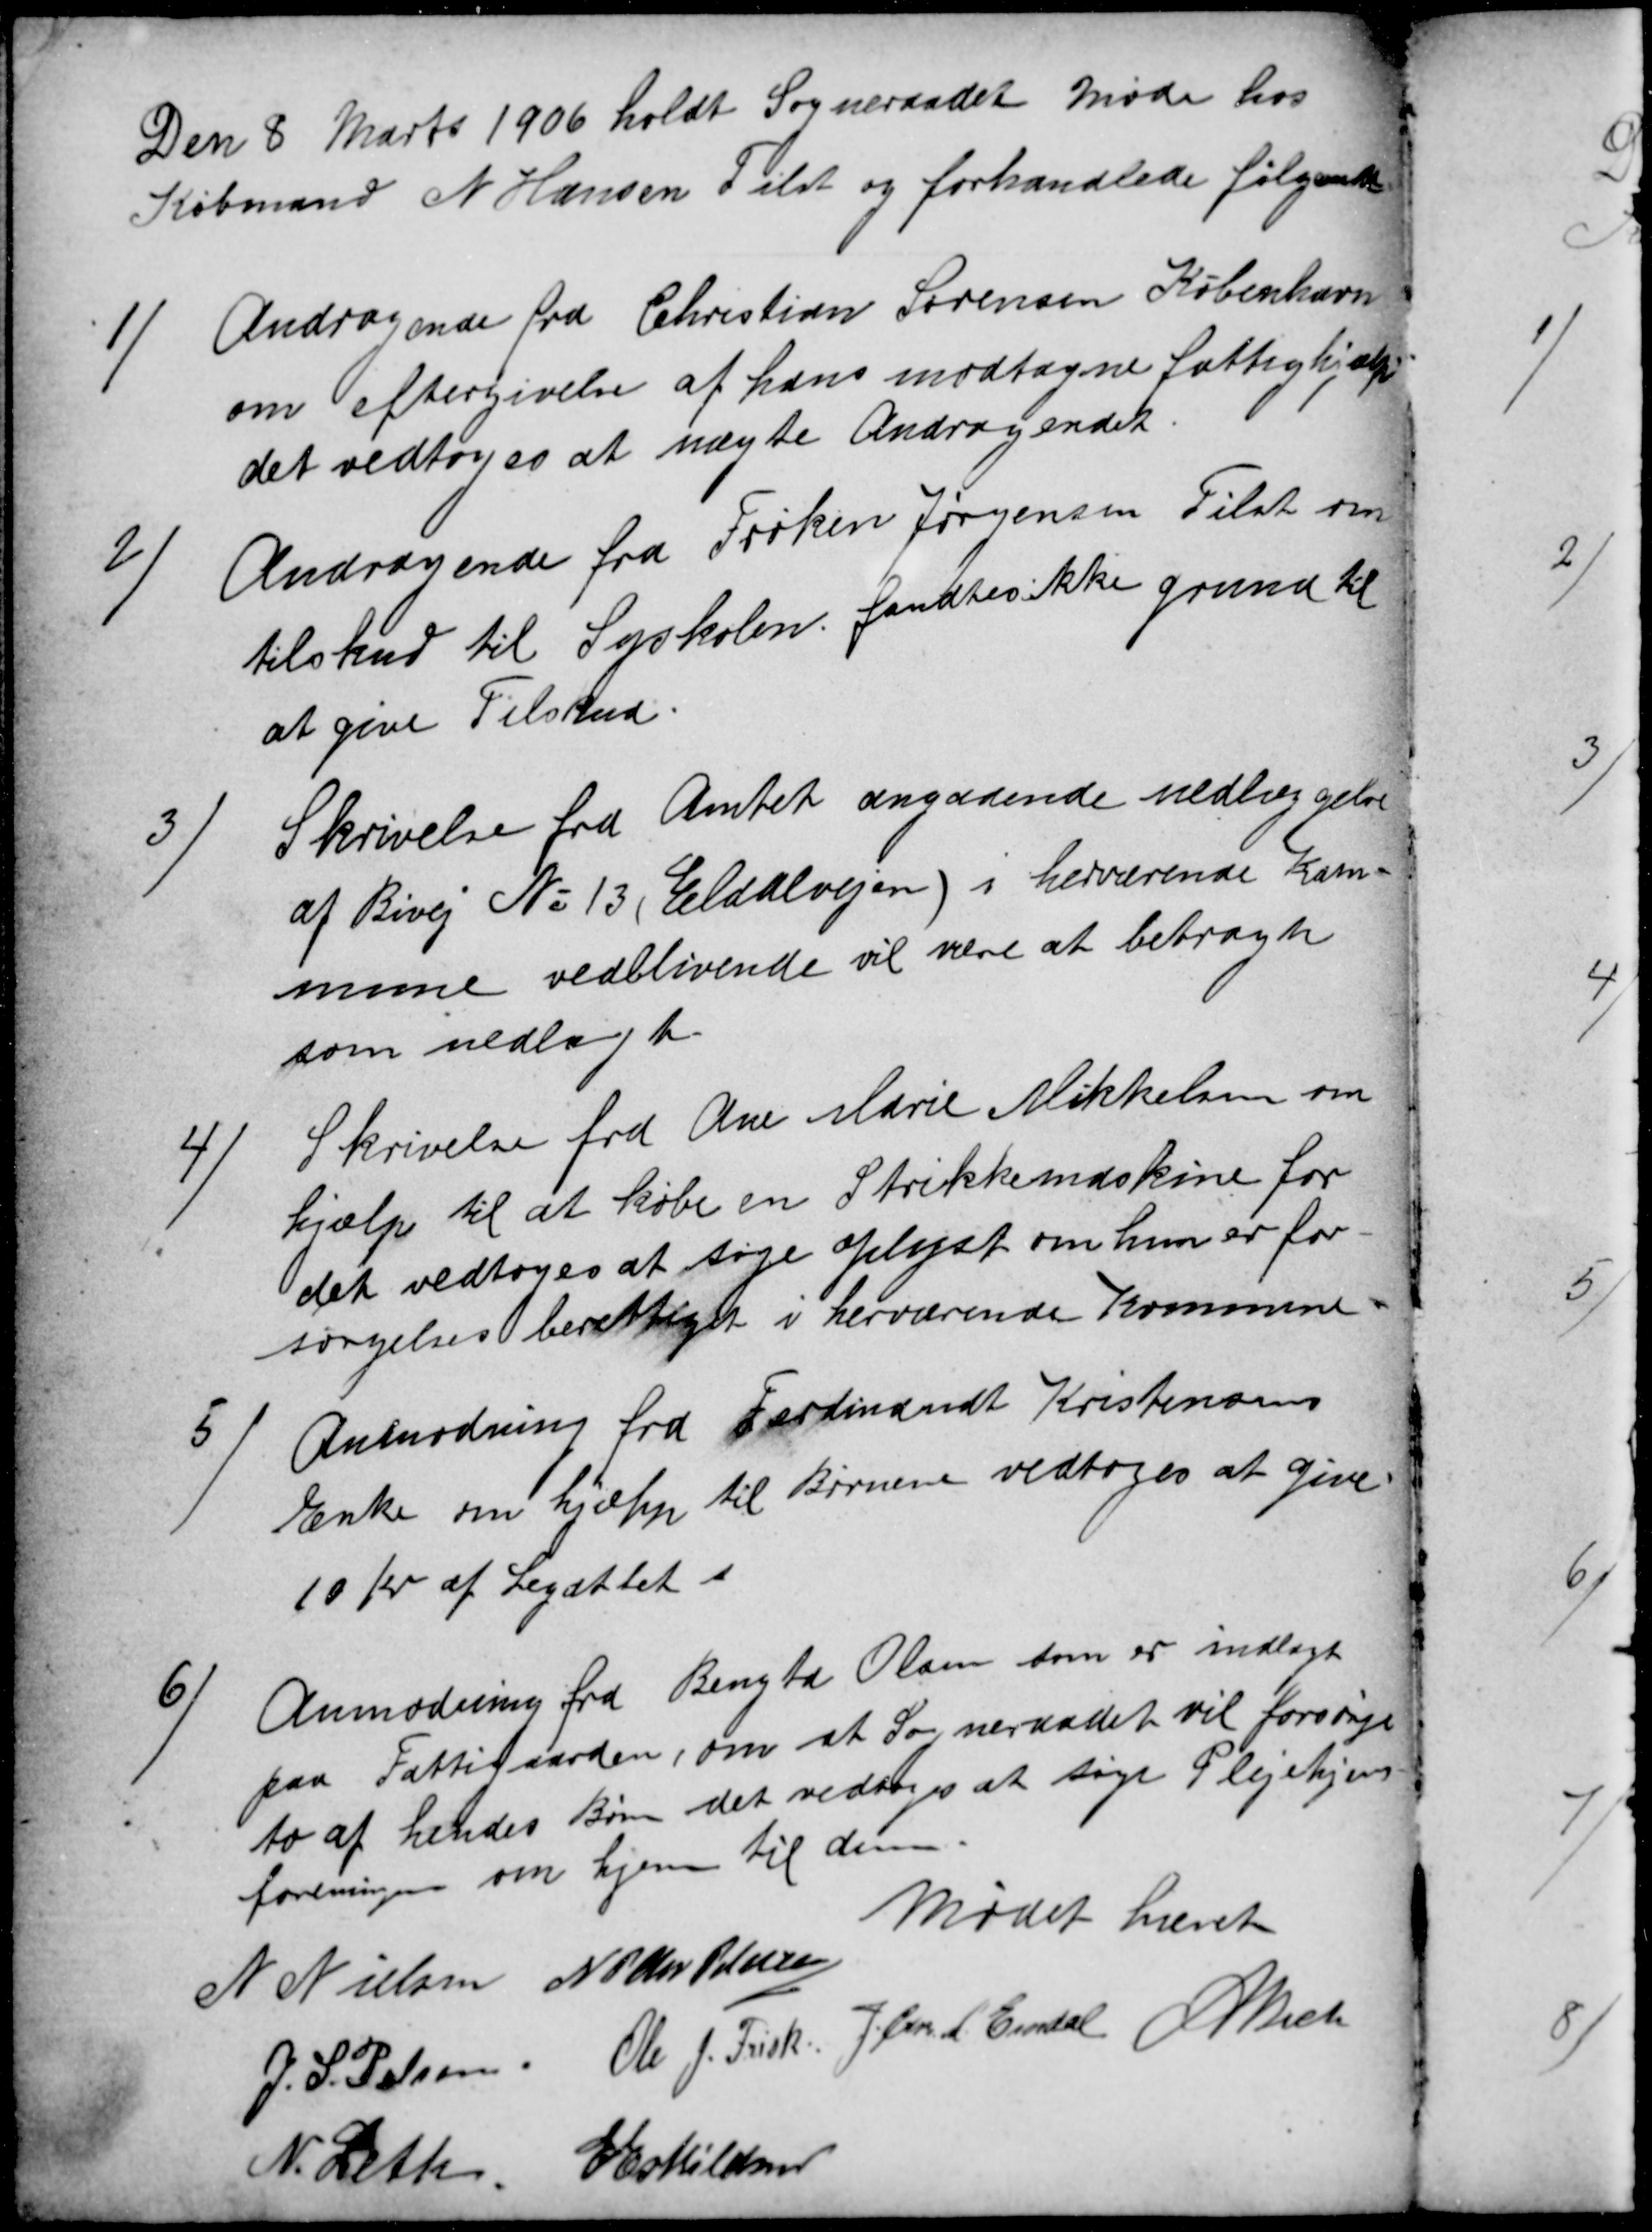
Transskription:
Den 8 Marts 1906 holdt Sogneraadet Møde hos
Købmand N Hansen Tilst og forhandlede følgende
1)
Andragende fra Christian Sørensen København
om eftergivelse af hans modtagne fattighjælp
det vedtoges at nægte Andragendet.
2)
Andragende fra Frøken Jørgensen Tilst om
tilskud til Syskolen. fandtes ikke grund til
at give Tilskud.
3)
Skrivelse fra Amtet angaaende nedlæggelse
af Bivej № 13 (Eldalvejen) i herværende Kom-
mune vedblivende vil være at betragte
som nedlagt.
4)
Skrivelse fra Ane Marie Mikkelsen om
hjælp til at købe en Strikkemaskine for
det vedtoges at søge oplyst om hun er for-
sørgelsesberettiget i herværende Kommune
5)
Anmodning fra Ferdinandt Kristensens
Enke om hjælp til Børnene vedtoges at give
10 Kr af Legattet .
6)
Anmodning fra Bengta Olsen som er indlagt
paa Fattigaarden, om at Sogneraadet vil forsørge
to af hendes Børn det vedtoges at søge Plejehjems-
foreningen om hjem til dem.
Mødet hævet
N Nielsen N P Chr Petersen
J. S. Pelsen
Ole J. Frisk. J Chr M Emdal A Bech
N. Leth
E Eskildsen